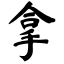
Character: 拿